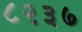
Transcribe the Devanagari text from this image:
८२३७